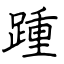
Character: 踵